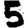
Digit: 5